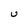
Character: U